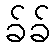
ခ်ခ်